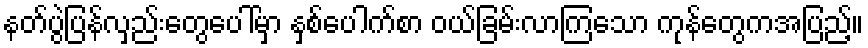
နတ်ပွဲပြန်လှည်းတွေပေါ်မှာ နှစ်ပေါက်စာ ဝယ်ခြမ်းလာကြသော ကုန်တွေကအပြည့်။